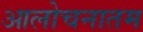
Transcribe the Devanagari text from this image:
आलोचनातम